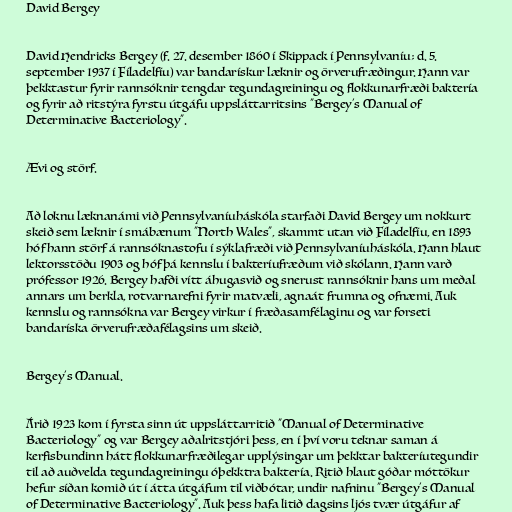
David Bergey

David Hendricks Bergey (f. 27. desember 1860 í Skippack í Pennsylvaníu; d. 5.
september 1937 í Fíladelfíu) var bandarískur læknir og örverufræðingur. Hann var
þekktastur fyrir rannsóknir tengdar tegundagreiningu og flokkunarfræði baktería
og fyrir að ritstýra fyrstu útgáfu uppsláttarritsins "Bergey's Manual of
Determinative Bacteriology".

Ævi og störf.

Að loknu læknanámi við Pennsylvaníuháskóla starfaði David Bergey um nokkurt
skeið sem læknir í smábænum "North Wales", skammt utan við Fíladelfíu, en 1893
hóf hann störf á rannsóknastofu í sýklafræði við Pennsylvaníuháskóla. Hann hlaut
lektorsstöðu 1903 og hóf þá kennslu í bakteríufræðum við skólann. Hann varð
prófessor 1926. Bergey hafði vítt áhugasvið og snerust rannsóknir hans um meðal
annars um berkla, rotvarnarefni fyrir matvæli, agnaát frumna og ofnæmi. Auk
kennslu og rannsókna var Bergey virkur í fræðasamfélaginu og var forseti
bandaríska örverufræðafélagsins um skeið.

Bergey's Manual.

Árið 1923 kom í fyrsta sinn út uppsláttarritið "Manual of Determinative
Bacteriology" og var Bergey aðalritstjóri þess, en í því voru teknar saman á
kerfisbundinn hátt flokkunarfræðilegar upplýsingar um þekktar bakteríutegundir
til að auðvelda tegundagreiningu óþekktra baktería. Ritið hlaut góðar móttökur
hefur síðan komið út í átta útgáfum til viðbótar, undir nafninu "Bergey's Manual
of Determinative Bacteriology". Auk þess hafa litið dagsins ljós tvær útgáfur af